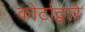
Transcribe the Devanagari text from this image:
कोर्टाद्वारे